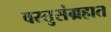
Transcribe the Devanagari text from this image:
वस्तुसंग्रहात